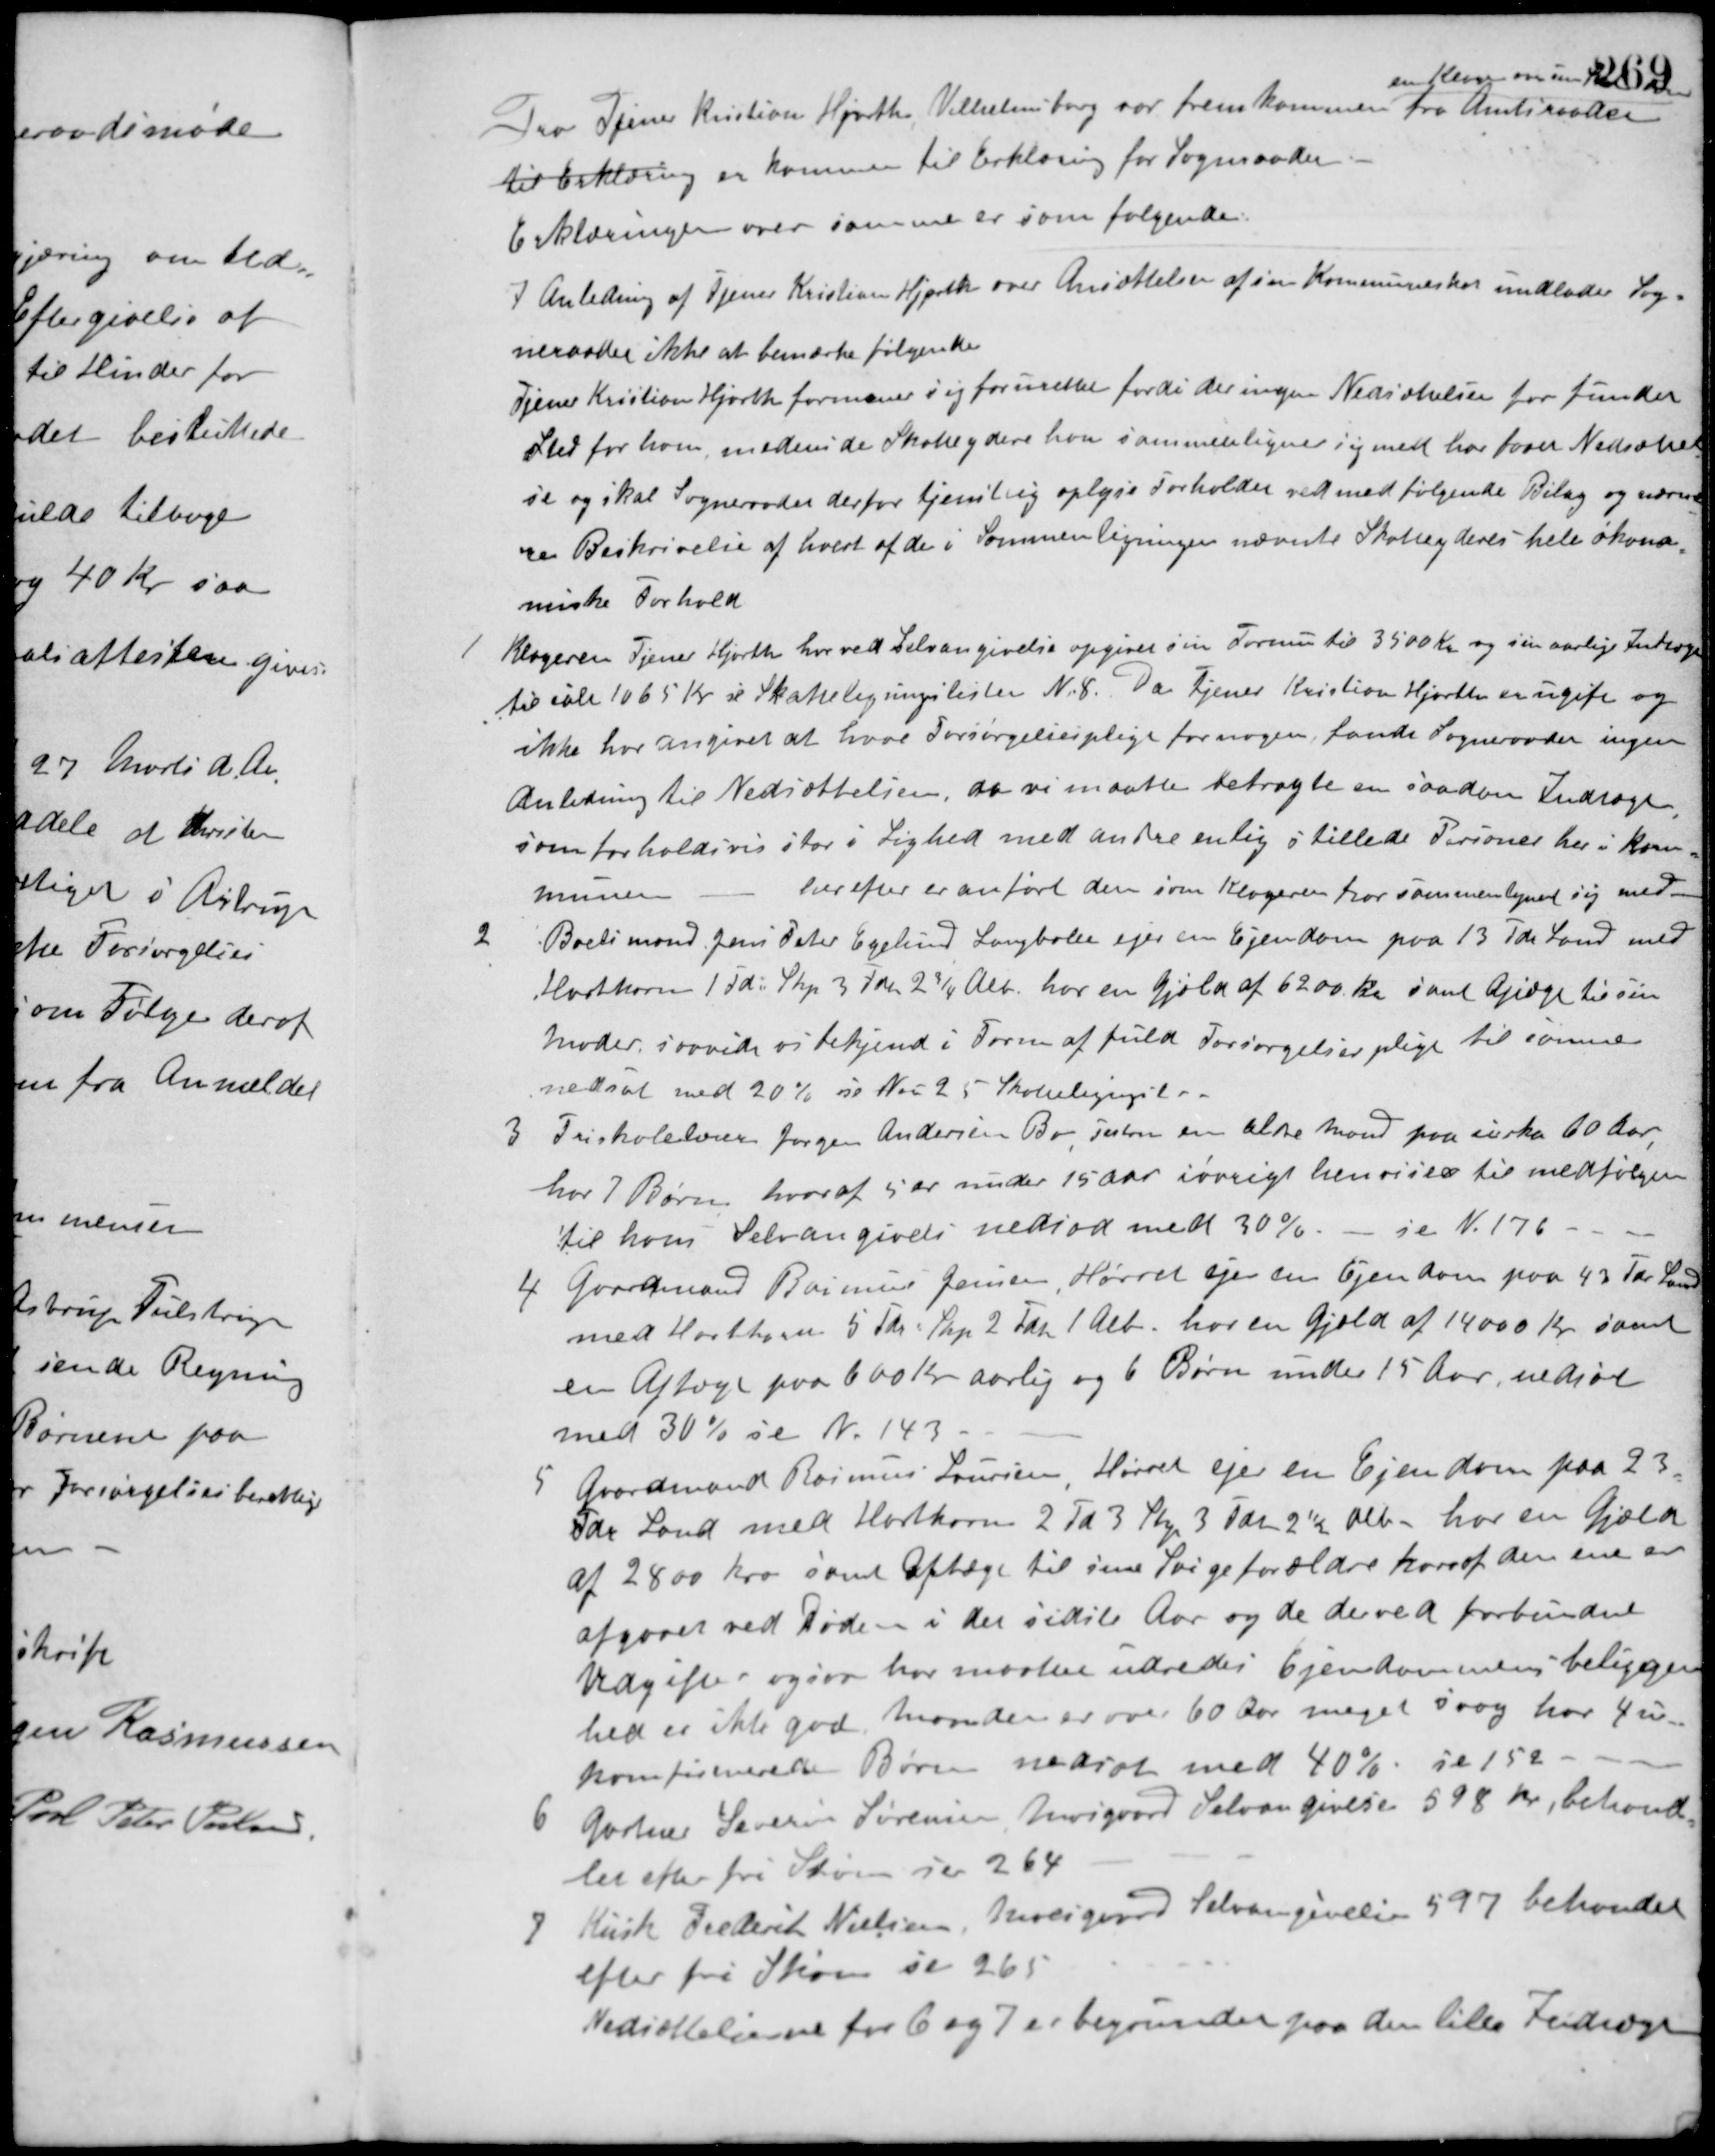
Transskription:
Fra Tjener Kristian Hjorth, Vilhelmsborg var fremkommen
en Klage over xxxx
fra Amtsraadet
til Erklæring er kommen til Erklæring for Sogneraadet.
Erklæringen over samme er som følgende:
I Anledning af Tjener Kristian Hjorth over Ansættelse af sin Kommuneskat undlader Sog-
neraadet ikke at bemærke følgende
Tjener Kristian Hjorth formener sig forurettet fordi der ingen Nedsættelse har fundet
Sted for ham, medens de Skatteydere han sammenligner sig med har faaet Nedsættel-
se og skal Sogneraadet derfor tjenstlig oplyse Forholdet ved medfølgende Bilag og nærme-
re Beskrivelse af hvert af de i Sammenligningen nævnte Skatteyderes hele økono-
miske Forhold.
1 Klageren Tjener Hjorth har ved Selvangivelse opgivet sin Formue til 3500 Kr. og sin aarlige Indtægt
til ialt 1065 Kr. se Skatteligningslisten N. 8. Da Tjener Kristian Hjorth er ugift og
ikke har angivet at have Forsørgelsespligt for nogen, fandt Sogneraadet ingen
Anledning til Nedsættelsen, da vi maatte betragte en saadan Indtægt,
som forholdsvis stor i Lighed med andre enlig stillede Personer her i Kom-
munen 
herefter er anført den som Klageren har sammenlignet sig med.
2 Boelsmand Jens Peter Egelund Langballe ejer en Ejendom paa 13 Tdr. Land med
Hartkorn 1 Td. Skp. 3 Td. 2 3/4 Alb. har en Gjæld af 6200 Kr samt Ajsøge til sin
moder, saavidt os bekjend i Form af fuld Forsørgelsespligt til samme
nedsat med 20% se No. 25 Skatteligningsliste.
3 Friskolelærer Jørgen Andersen Bo Testrup en ældre Mand paa cirka 60 Aar
har 7 Børn hvoraf 5 er under 15 Aar iøvrigt henvises til medfølgen
til hans Selvangivelse nedsat med 30%. - se N. 176.
4 Gaardmand Rasmus Jensen, Hørret ejer sin Ejendom paa 43 Tdr. Land
med Hartkorn 5 Tdr. Skp 2 Tdr. 1 Alb. har en Gjæld af 14000 Kr. samt
en Aftægt paa 600 Kr. aarlig og 6 Børn under 15 Aar, nedsat
med 30 % se N. 143.
5 Gaardmand Rasmus Laursen Hørret ejer en Ejendom paa 23.
Tdr. Land med Hartkorn 2 Td. 3 Skp. 3 Tdr. 2½ Alb. har en Gjæld
af 2800 Kr. samt Aftægt til sine Svigeforældre hvoraf den ene er
afgaaet ved Døden i det sidste Aar og de derved forbundne
Udgifter ogsaa har maattet udredes Ejendommens beliggen-
hed er ikke god Manden er over 60 Aar meget svag har 4 u-
konfirmerede Børn nedsat med 40%. se 152
6 Gartner Severin Sørensen Moesgaard Selvangivelse 598 Kr., behand-
let efter fri Skøn se 264.
7 Kusk Frederik Nielsen, Moesgaard Selvangivelse 597 behandlet
efter fri Skøn se 265.
Nedsættelserne for 6 og 7 er begrunder paa den lille Indtægt.